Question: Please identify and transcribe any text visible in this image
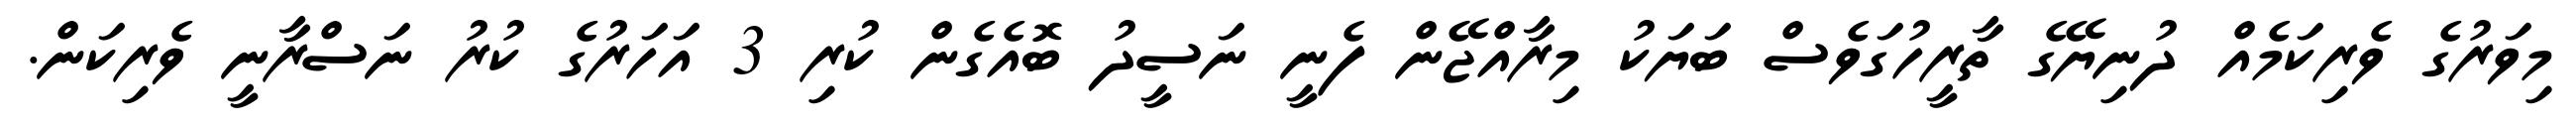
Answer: މިވަރުގެ ވެރިކަމެއް ދުނިޔޭގެ ތާރީހުގަވެސް ބަޔަކު މިރާއްޖޭން ފެނީ ނަސީދު ބޮއެގެން ކުރި 3 އަހަރުގެ ކުރު ނަސްރާނީ ވެރިކަން.